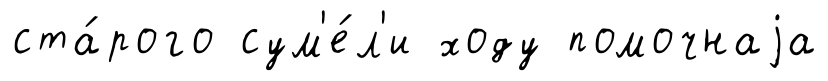
ста́рого сум'е́л'и ходу помочнаjа